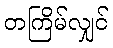
တကြိမ်လျှင်